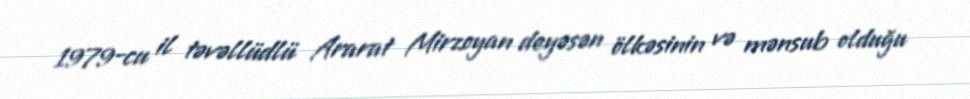
1979-cu il təvəllüdlü Ararat Mirzoyan deyəsən ölkəsinin və mənsub olduğu